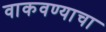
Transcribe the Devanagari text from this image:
वाकवण्याचा